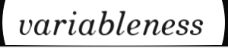
variableness